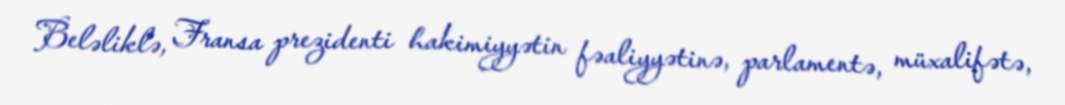
Beləliklə, Fransa prezidenti hakimiyyətin fəaliyyətinə, parlamentə, müxalifətə,